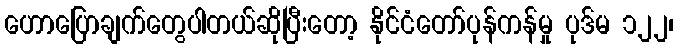
ဟောပြောချက်တွေပါတယ်ဆိုပြီးတော့ နိုင်ငံတော်ပုန်ကန်မှု ပုဒ်မ ၁၂၂၊